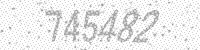
Solution: 745482